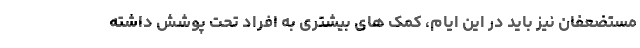
مستضعفان نیز باید در این ایام، کمک های بیشتری به افراد تحت پوشش داشته